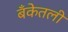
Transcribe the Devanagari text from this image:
बँकेतली